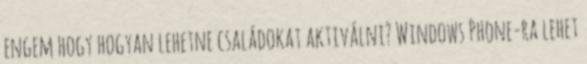
engem hogy hogyan lehetne családokat aktiválni? Windows Phone-ra lehet